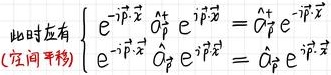
此时应有$\begin{cases}
\mathrm{e}^{-\mathrm{i}\vec{\beta}\cdot\vec{x}}\hat{O}_{\beta}^{+}\mathrm{e}^{\mathrm{i}\vec{\beta}\cdot\vec{x}}=\hat{O}_{\beta}^{+}\mathrm{e}^{-\mathrm{i}\vec{\beta}\cdot\vec{x}} \\
\mathrm{e}^{-\mathrm{i}\vec{\beta}\cdot\vec{x}}\hat{O}_{\beta}\mathrm{e}^{\mathrm{i}\vec{\beta}\cdot\vec{x}}=\hat{O}_{\beta}\mathrm{e}^{-\mathrm{i}\vec{\beta}\cdot\vec{x}}
\end{cases}$ (空间平移)